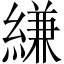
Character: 縑